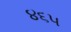
૪૬૫